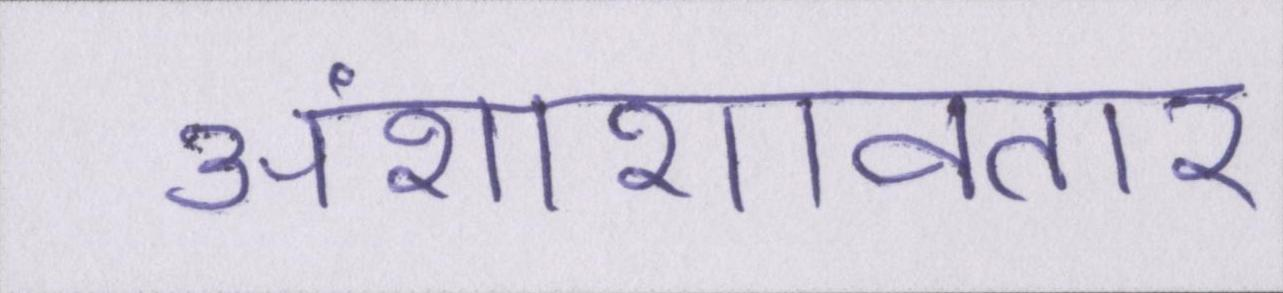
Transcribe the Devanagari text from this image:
अंशांशावतार